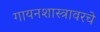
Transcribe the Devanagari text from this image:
गायनशास्त्रावरचे